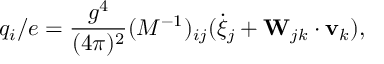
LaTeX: q _ { i } / e = \frac { g ^ { 4 } } { ( 4 \pi ) ^ { 2 } } ( M ^ { - 1 } ) _ { i j } ( \dot { \xi } _ { j } + { \bf W } _ { j k } \cdot { \bf v } _ { k } ) ,